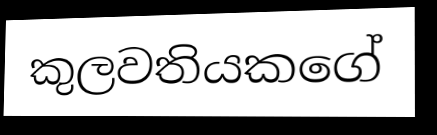
කුලවතියකගේ